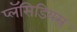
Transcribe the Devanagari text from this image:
प्लॅसिडियस